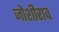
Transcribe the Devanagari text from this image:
जोशीराव